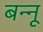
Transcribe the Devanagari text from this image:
बन्‍नू